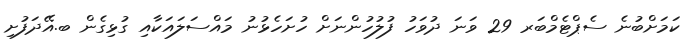
ކަމަށްބުނެ ސެޕްޓެމްބަރ 29 ވަނަ ދުވަހު ފުލުހުންނަށް ހުށަހެޅުނު މައްސަލައަކާއި ގުޅިގެން ބ.އޭދަފުށި